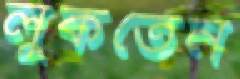
লুকতেন